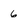
Character: 6